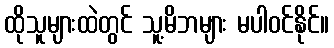
ထိုသူများထဲတွင် သူ့မိဘများ မပါဝင်နိုင်။